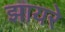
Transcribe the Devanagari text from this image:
झायरे